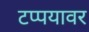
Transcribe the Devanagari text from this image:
टप्पयावर